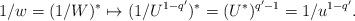
LaTeX: \begin{align*}1/w=(1/W)^*\mapsto(1/U^{1-q'})^*=(U^*)^{q'-1}=1/u^{1-q'}.\end{align*}